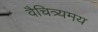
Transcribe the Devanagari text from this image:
वैचित्र्यमय